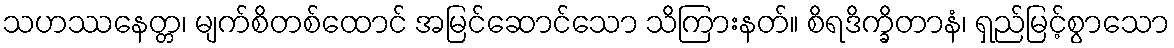
သဟဿနေတ္တ၊ မျက်စိတစ်ထောင် အမြင်ဆောင်သော သိကြားနတ်။ စိရဒိက္ခိတာနံ၊ ရှည်မြင့်စွာသော